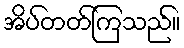
အိပ်တတ်ကြသည်။